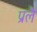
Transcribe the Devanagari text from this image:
प्रलै